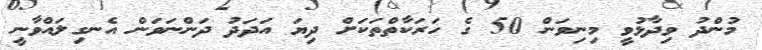
މުންދު ވިދާޅުވީ މިނިވަން 50 ގެ ހަރަކާތްތަކަށް ދިޔަ އަދަދު ދަންނަވަން އެނގިލައްވާނީ